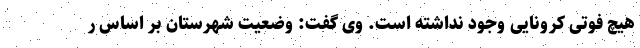
هیچ فوتی کرونایی وجود نداشته است. وی گفت: وضعیت شهرستان بر اساس ر